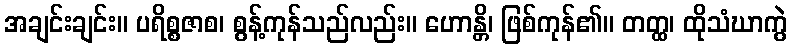
အချင်းချင်း။ ပရိစ္စဇာစ၊ စွန့်ကုန်သည်လည်း။ ဟောန္တိ၊ ဖြစ်ကုန်၏။ တတ္ထ၊ ထိုသံဃာကွဲ